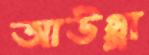
আউগ্গা